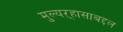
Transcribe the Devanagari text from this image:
मुल्यऱ्हासाबद्दल